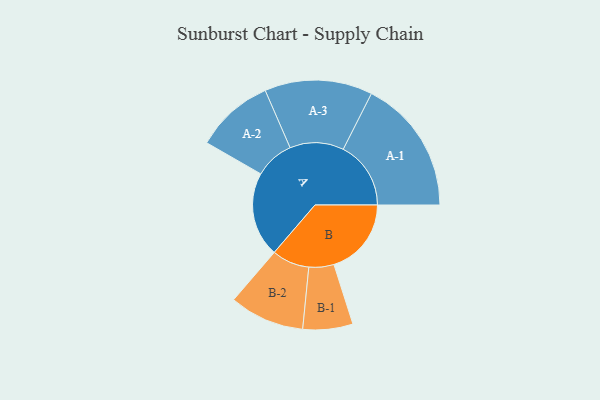
{"axis": {"x": "Segment", "y": "Value"}, "legend": ["", "A", "B"], "data": [{"x": "A", "y": 346, "type": ""}, {"x": "B", "y": 316, "type": ""}, {"x": "A-1", "y": 276, "type": "A"}, {"x": "A-2", "y": 160, "type": "A"}, {"x": "A-3", "y": 220, "type": "A"}, {"x": "B-1", "y": 102, "type": "B"}, {"x": "B-2", "y": 153, "type": "B"}]}